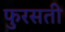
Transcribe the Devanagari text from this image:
फुरसती